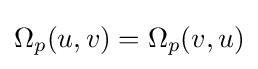
\Omega _{p}(u,v)=\Omega _{p}(v,u)